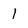
Character: 1